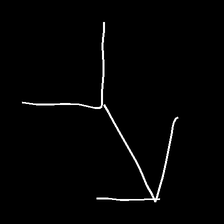
Glyph: gather